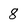
Character: 8